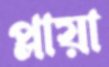
প্লায়া